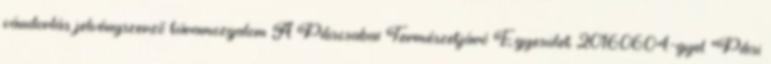
vándorlás jelvényszerző túramozgalom A Piliscsabai Természetjáró Egyesület 2016.06.04.-gyel "Pilisi